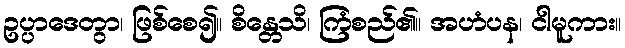
ဥပ္ပာဒေတွာ၊ ဖြစ်စေ၍။ စိန္တေသိ၊ ကြံစည်၏။ အဟံပန၊ ငါမူကား။